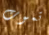
تموت